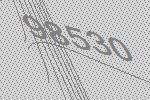
98530